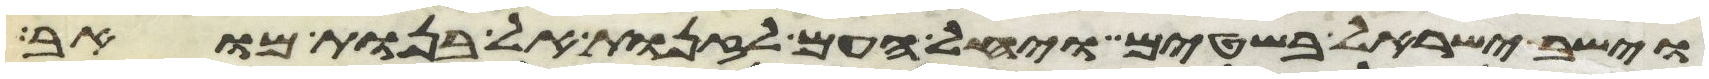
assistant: וישב ישראל בשטים ויחל העם לזנות אל בנות מואב